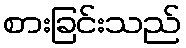
စားခြင်းသည်